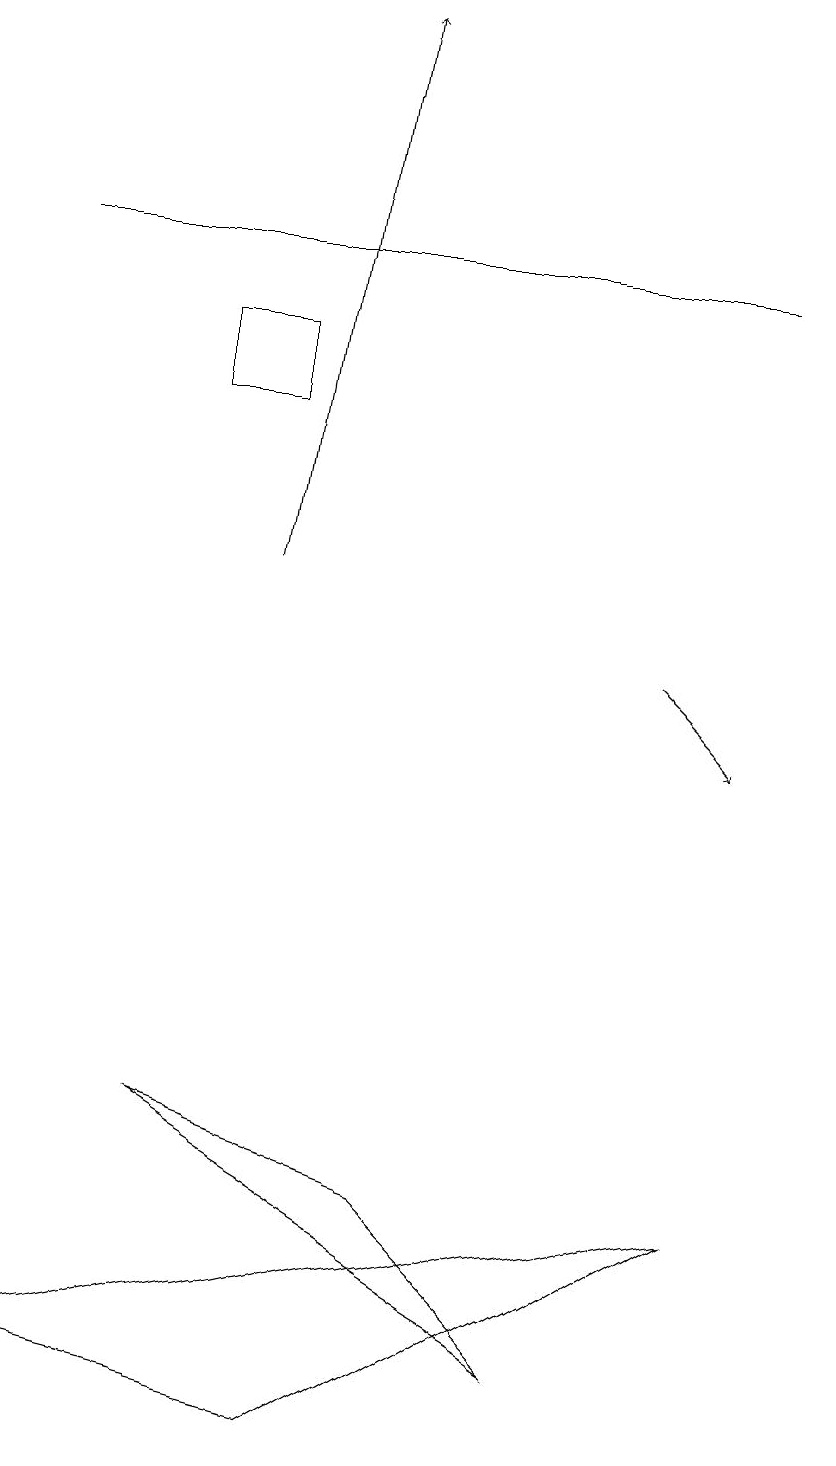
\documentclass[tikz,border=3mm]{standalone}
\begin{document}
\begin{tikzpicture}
\draw (3,14) rectangle (2,15);
\draw (4,1) -- (0,2) -- (9,4) -- cycle;
\draw (10,10) circle (0);
\draw (7,2) -- (5,4) -- (2,5) -- cycle;
\draw[->] (3,12) -- (4,19);
\draw[->] (8,11) -- (9,10);
\draw (9,16) rectangle (0,16);
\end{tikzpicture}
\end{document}